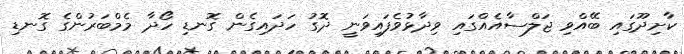
ކާށިދޫގައި ބޭއްވި ޖަލްސާއެއްގައި ވިދާޅުވެފައިވަނީ ދޮގު ހަދައިގެން ގޮނޑި ހޯދާ މެމްބަރުންގެ ގޮނޑި